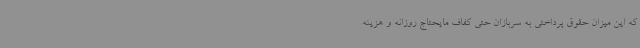
که این میزان حقوق پرداختی به سربازان حتی کفاف مایحتاج روزانه و هزینه